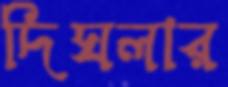
দিঘলার